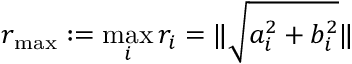
r _ { \mathrm { m a x } } : = \operatorname* { m a x } _ { i } r _ { i } = \| \sqrt { a _ { i } ^ { 2 } + b _ { i } ^ { 2 } } \|